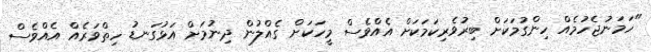
"ހަމަނުޖެހުމެއް ހިންގުމަކަށް ބިރުވެރިކަމަކަށް އެއްވެސް މީހަކަށް ގެއްލުން ދިނުމަށް އަޅުގަނޑު ހިތްވަރެއް އެއްވެސް